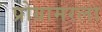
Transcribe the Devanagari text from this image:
प्रोग्रामरला